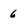
Character: 6